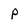
Character: p